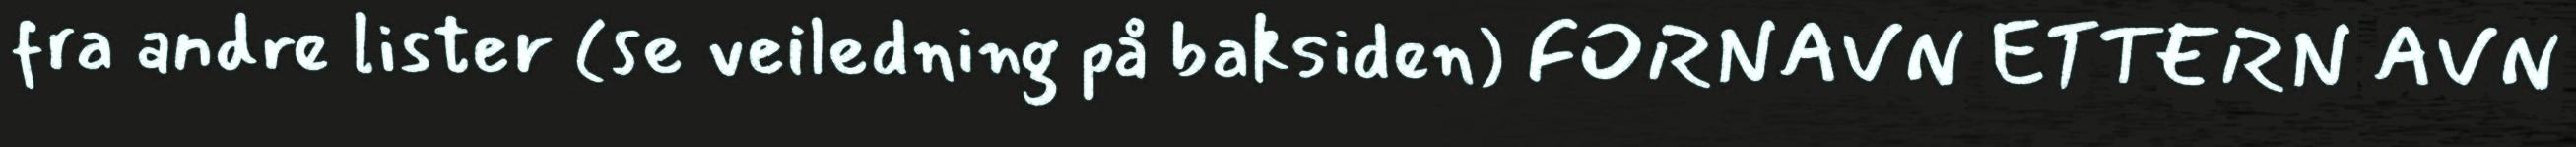
fra andre lister (se veiledning på baksiden) FORNAVN ETTERN AVN